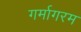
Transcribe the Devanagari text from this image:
गर्मागरम